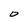
Character: o